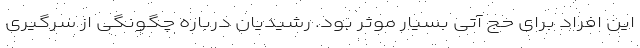
این افراد برای حج آتی بسیار موثر بود. رشیدیان درباره چگونگی از سرگیری